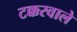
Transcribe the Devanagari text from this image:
टक्करवाले